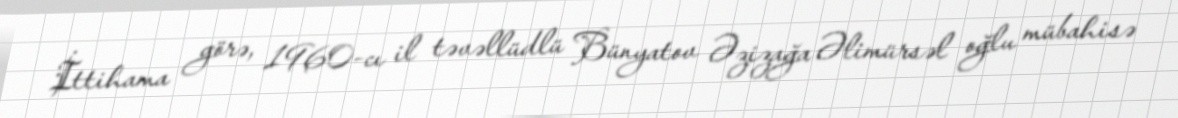
İttihama görə, 1960-cı il təvəllüdlü Bünyatov Əzizağa Əlimürsəl oğlu mübahisə